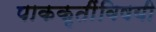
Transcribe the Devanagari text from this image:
पाककृतींविषयी